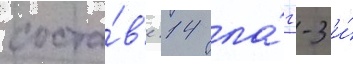
соста́в'е 14 ла́гг-3 и́